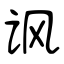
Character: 讽